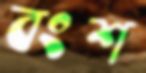
বংশ